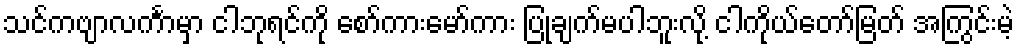
သင်ကဗျာလင်္ကာမှာ ငါဘုရင်ကို စော်ကားမော်ကား ပြုချက်မပါဘူးလို့ ငါကိုယ်တော်မြတ် အကြွင်းမဲ့